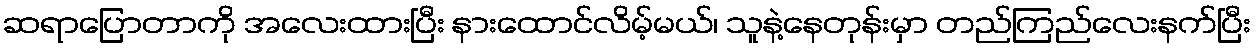
ဆရာပြောတာကို အလေးထားပြီး နားထောင်လိမ့်မယ်၊ သူနဲ့နေတုန်းမှာ တည်ကြည်လေးနက်ပြီး